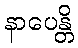
နာပေန္တိ